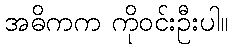
အဓိကက ကိုဝင်းဦးပါ။